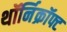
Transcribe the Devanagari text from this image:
थॉर्निक्रॉफ्ट